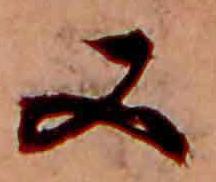
又